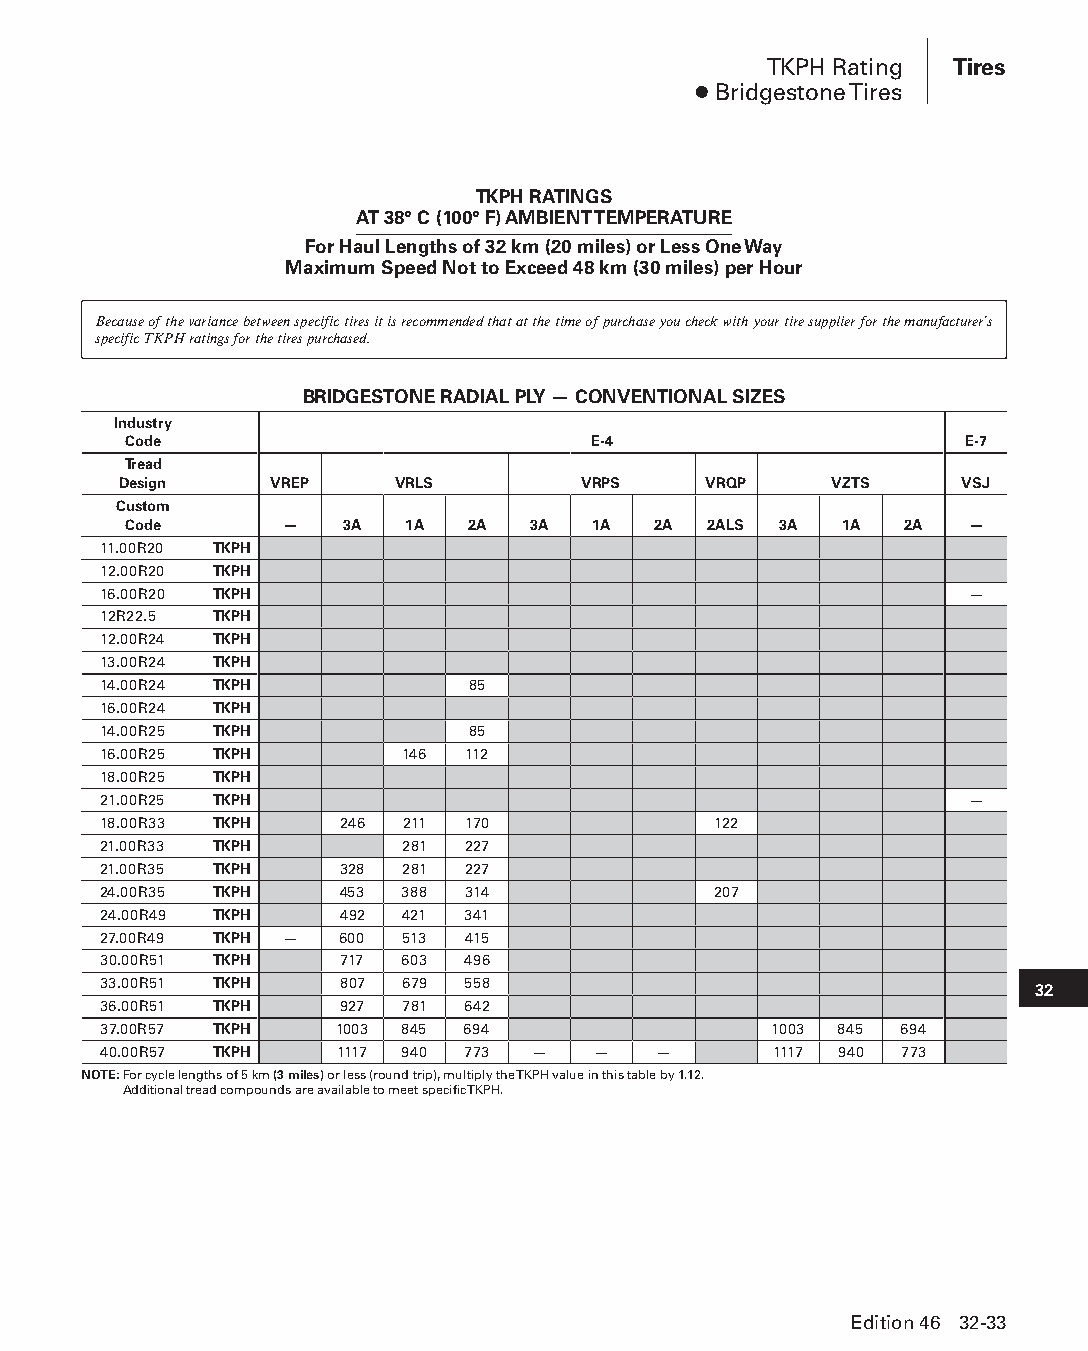
TKPH Rating Tires
 ● Bridgestone Tires
 TKPH RATINGS
 AT 38° C (100° F) AMBIENT TEMPERATURE
 For Haul Lengths of 32 km (20 miles) or Less One Way
 Maximum Speed Not to Exceed 48 km (30 miles) per Hour
 Because of the variance between specific tires it is recommended that at the time of purchase you check with your tire supplier for the manufacturer’s
 specific TKPH ratings for the tires purchased.
 BRIDGESTONE RADIAL PLY — CONVENTIONAL SIZES
 Industry
 Code                          E-4                      E-7
 Tread
 Design    VREP     VRLS        VRPS    VRQP    VZTS     VSJ
 Custom
 Code      —   3A  1A  2A  3A   1A  2A 2ALS 3A  1A  2A  —
 11.00R20 TKPH
 12.00R20 TKPH
 16.00R20 TKPH                                            —
 12R22.5 TKPH
 12.00R24 TKPH
 13.00R24 TKPH
 14.00R24 TKPH           85
 16.00R24 TKPH
 14.00R25 TKPH           85
 16.00R25 TKPH       146 112
 18.00R25 TKPH
 21.00R25 TKPH                                            —
 18.00R33 TKPH   246 211 170              122
 21.00R33 TKPH       281 227
 21.00R35 TKPH   328 281 227
 24.00R35 TKPH   453 388 314              207
 24.00R49 TKPH   492 421 341
 27.00R49 TKPH — 600 513 415
 30.00R51 TKPH   717 603 496
 33.00R51 TKPH   807 679 558                                   32
 36.00R51 TKPH   927 781 642
 37.00R57 TKPH   1003 845 694                1003 845 694
 40.00R57 TKPH   1117 940 773 —   —   —       1117 940 773
 NOTE: For cycle lengths of 5 km (3 miles) or less (round trip), multiply the TKPH value in this table by 1.12.
 Additional tread compounds are available to meet specific TKPH.
 Edition 46 32-33
 PPHHBB--SSeecc3322--1166..iinndddd 3333                        1122//44//1155 1111::2244 AAMM